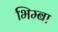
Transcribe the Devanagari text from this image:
भिम्बा